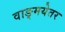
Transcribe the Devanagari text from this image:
वाङ्मयेतर